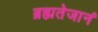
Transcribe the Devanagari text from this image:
ब्रह्मतेजानं